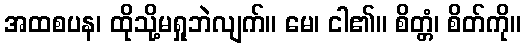
အထစပန၊ ထိုသို့မရှုဘဲလျက်။ မေ၊ ငါ၏။ စိတ္တံ၊ စိတ်ကို။